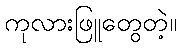
ကုလားဖြူတွေတဲ့။